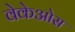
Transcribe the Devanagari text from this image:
वेकेओस